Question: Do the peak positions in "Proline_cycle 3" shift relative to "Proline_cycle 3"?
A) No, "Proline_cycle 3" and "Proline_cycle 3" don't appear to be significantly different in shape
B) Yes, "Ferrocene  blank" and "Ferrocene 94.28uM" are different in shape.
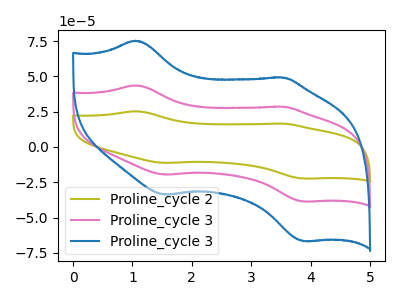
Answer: <think>The olive curve "Proline_cycle 2" has anodic peaks at (1.05V, 87.25uA) (3.50V, 56.95uA) and cathodic peaks at (1.55V, -39.20uA) (3.90V, -77.35uA). The pink curve "Proline_cycle 3" has anodic peaks at (1.05V, 43.60uA) (3.50V, 28.50uA) and cathodic peaks at (1.55V, -19.60uA) (3.90V, -38.65uA). The blue curve "Proline_cycle 3" has anodic peaks at (1.05V, 75.30uA) (3.50V, 49.15uA) and cathodic peaks at (1.55V, -33.80uA) (3.90V, -66.75uA).
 All the peaks in "Proline_cycle 3" have a peak in "Proline_cycle 3" at the same potential. Every peak in "Proline_cycle 3" is higher than every peak in "Proline_cycle 3".</think>
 <answer>A) No, "Proline_cycle 3" and "Proline_cycle 3" don't appear to be significantly different in shape</answer>
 <eval>A</eval>